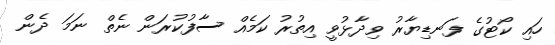
ހައި ކޯޓުގެ ފަނޑިޔާރު ވިދާޅުވީ އިތުރު ކަމެއް ސާފުކުރަން ނެތް ނަމަ ދެން